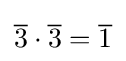
{\overline {3}}\cdot {\overline {3}}={\overline {1}}